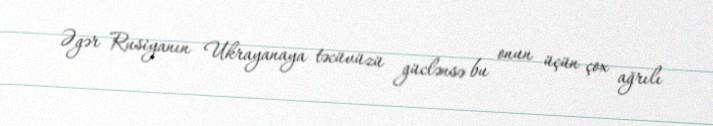
Əgər Rusiyanın Ukrayanaya təcüvüzü güclənsə bu onun üçün çox ağrılı